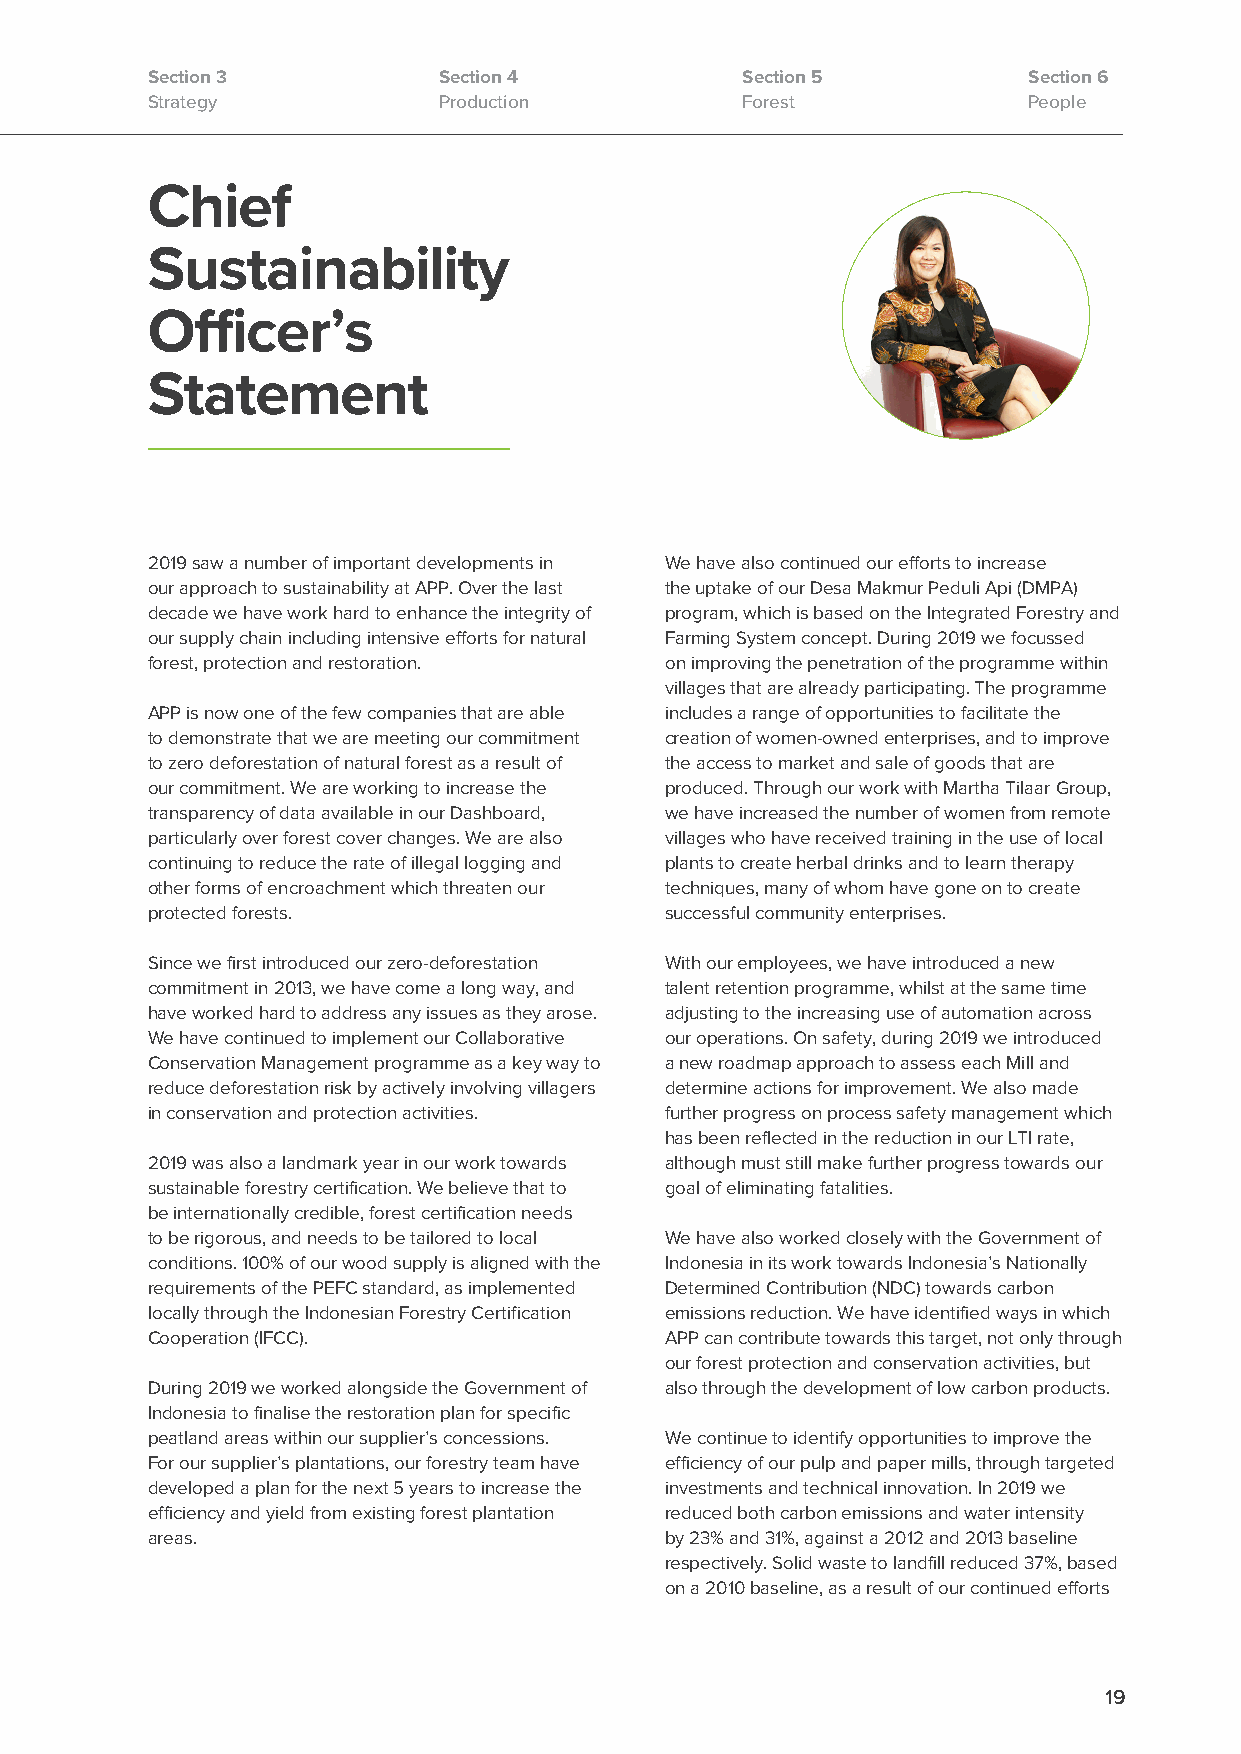
Section 3          Section 4           Section 5          Section 6
 Strategy           Production          Forest             People
 Chief
 Sustainability
 Officer’s
 Statement
 2019 saw a number of important developments in We have also continued our efforts to increase
 our approach to sustainability at APP. Over the last the uptake of our Desa Makmur Peduli Api (DMPA)
 decade we have work hard to enhance the integrity of program, which is based on the Integrated Forestry and
 our supply chain including intensive efforts for natural Farming System concept. During 2019 we focussed
 forest, protection and restoration. on improving the penetration of the programme within
 villages that are already participating. The programme
 APP is now one of the few companies that are able includes a range of opportunities to facilitate the
 to demonstrate that we are meeting our commitment creation of women-owned enterprises, and to improve
 to zero deforestation of natural forest as a result of the access to market and sale of goods that are
 our commitment. We are working to increase the produced. Through our work with Martha Tilaar Group,
 transparency of data available in our Dashboard, we have increased the number of women from remote
 particularly over forest cover changes. We are also villages who have received training in the use of local
 continuing to reduce the rate of illegal logging and plants to create herbal drinks and to learn therapy
 other forms of encroachment which threaten our techniques, many of whom have gone on to create
 protected forests.                successful community enterprises.
 Since we first introduced our zero-deforestation With our employees, we have introduced a new
 commitment in 2013, we have come a long way, and talent retention programme, whilst at the same time
 have worked hard to address any issues as they arose. adjusting to the increasing use of automation across
 We have continued to implement our Collaborative our operations. On safety, during 2019 we introduced
 Conservation Management programme as a key way to a new roadmap approach to assess each Mill and
 reduce deforestation risk by actively involving villagers determine actions for improvement. We also made
 in conservation and protection activities. further progress on process safety management which
 has been reflected in the reduction in our LTI rate,
 2019 was also a landmark year in our work towards although must still make further progress towards our
 sustainable forestry certification. We believe that to goal of eliminating fatalities.
 be internationally credible, forest certification needs
 to be rigorous, and needs to be tailored to local We have also worked closely with the Government of
 conditions. 100% of our wood supply is aligned with the Indonesia in its work towards Indonesia’s Nationally
 requirements of the PEFC standard, as implemented Determined Contribution (NDC) towards carbon
 locally through the Indonesian Forestry Certification emissions reduction. We have identified ways in which
 Cooperation (IFCC).               APP can contribute towards this target, not only through
 our forest protection and conservation activities, but
 During 2019 we worked alongside the Government of also through the development of low carbon products.
 Indonesia to finalise the restoration plan for specific
 peatland areas within our supplier’s concessions. We continue to identify opportunities to improve the
 For our supplier’s plantations, our forestry team have efficiency of our pulp and paper mills, through targeted
 developed a plan for the next 5 years to increase the investments and technical innovation. In 2019 we
 efficiency and yield from existing forest plantation reduced both carbon emissions and water intensity
 areas.                            by 23% and 31%, against a 2012 and 2013 baseline
 respectively. Solid waste to landfill reduced 37%, based
 on a 2010 baseline, as a result of our continued efforts
 19